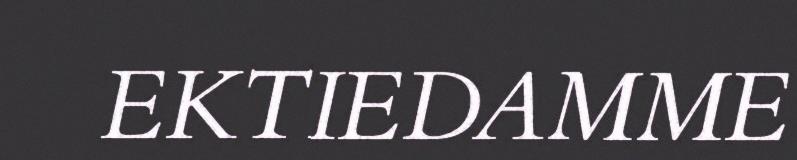
EKTIEDAMME